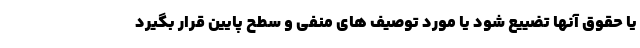
یا حقوق آنها تضییع شود یا مورد توصیف های منفی و سطح پایین قرار بگیرد